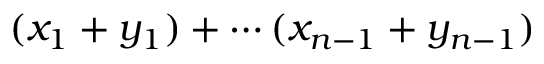
( x _ { 1 } + y _ { 1 } ) + \cdots ( x _ { n - 1 } + y _ { n - 1 } )